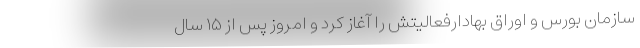
سازمان بورس و اوراق بهادارفعالیتش را آغاز کرد و امروز پس از ۱۵ سال